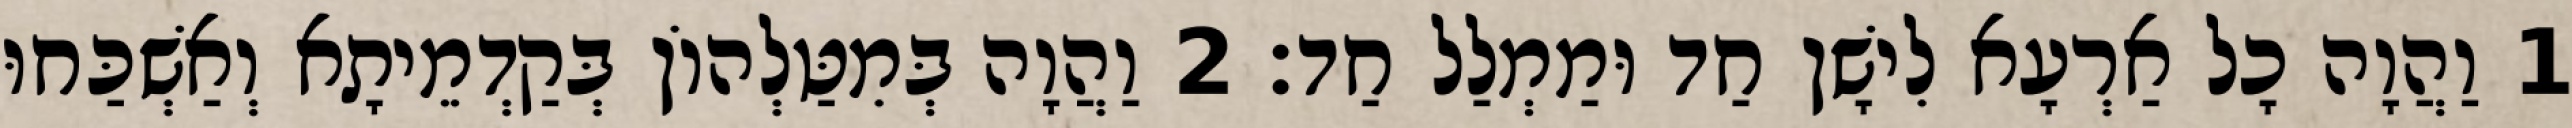
1 וַהֲוָה כָל אַרְעָא לִישָׁן חַד וּמַמְלַל חַד׃ 2 וַהֲוָה בְּמִטַּלְהוֹן בְּקַדְמֵיתָא וְאַשְׁכַּחוּ